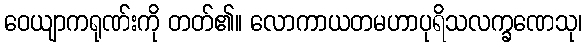
ဝေယျာကရုဏ်းကို တတ်၏။ လောကာယတမဟာပုရိသလက္ခဏေသု၊